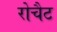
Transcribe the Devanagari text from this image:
रोचैट